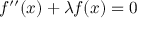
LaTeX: f ^ { \prime \prime } ( x ) + \lambda f ( x ) = 0